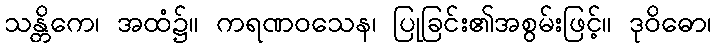
သန္တိကေ၊ အထံ၌။ ကရဏဝသေန၊ ပြုခြင်း၏အစွမ်းဖြင့်။ ဒုဝိဓော၊